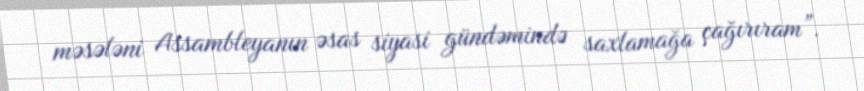
məsələni Assambleyanın əsas siyasi gündəmində saxlamağa çağırıram”.